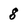
Character: 8